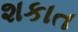
શકાત